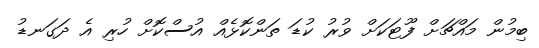
ބިމުން މައްޗަށް ފޫޓަކަށް ވުރު ކުޑަ ތަންކޮޅެއް އުސްކޮށް ހުރި އެ ދަގަނޑު